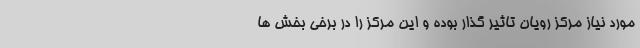
مورد نیاز مرکز رویان تاثیر گذار بوده و این مرکز را در برخی بخش ها